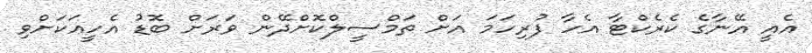
އެއީ އޭނާގެ ކެރެކްޓާ އެހާ ފުރިހަމަ އަށް ތަމްސީލްކޮށްދޭން ވަރަށް ބޮޑު އެހީއަކަށްވި